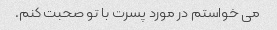
می خواستم در مورد پسرت با تو صحبت کنم.